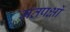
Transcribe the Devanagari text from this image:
मतपक्षों